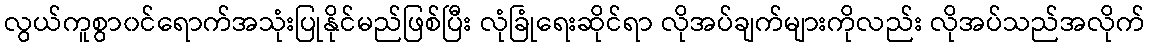
လွယ်ကူစွာ၀င်ရောက်အသုံးပြုနိုင်မည်ဖြစ်ပြီး လုံခြုံရေးဆိုင်ရာ လိုအပ်ချက်များကိုလည်း လိုအပ်သည်အလိုက်